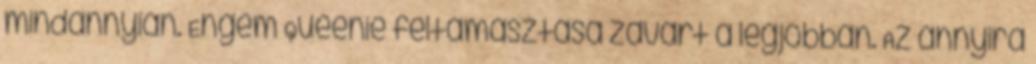
mindannyian. Engem Queenie feltámasztása zavart a legjobban. Az annyira